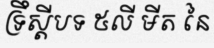
ទ្រឹស្តីបទ ៥លី មីត នៃ